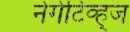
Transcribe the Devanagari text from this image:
नेगेटिव्ह्ज